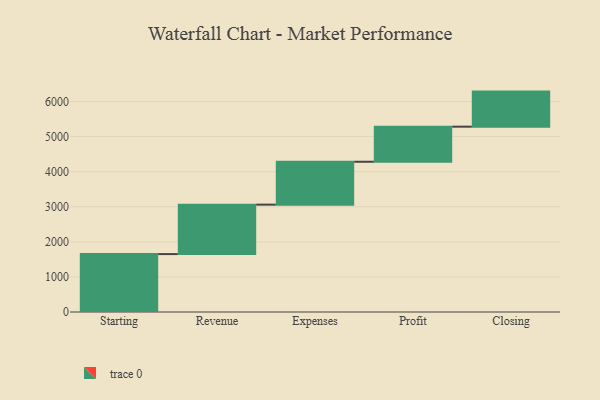
{"axis": {"x": "Step", "y": "Value"}, "legend": [""], "data": [{"x": "Starting", "y": 1651.0, "type": ""}, {"x": "Revenue", "y": 1410.0, "type": ""}, {"x": "Expenses", "y": 1223.0, "type": ""}, {"x": "Profit", "y": 1000, "type": ""}, {"x": "Closing", "y": 1000, "type": ""}]}